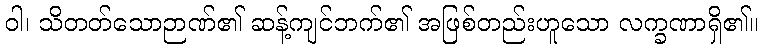
ဝါ၊ သိတတ်သောဉာဏ်၏ ဆန့်ကျင်ဘက်၏ အဖြစ်တည်းဟူသော လက္ခဏာရှိ၏။